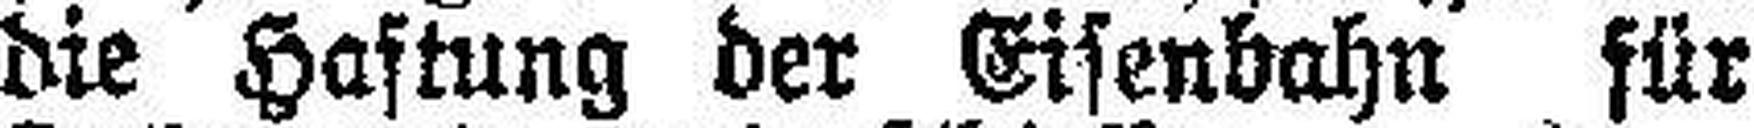
die Haftung